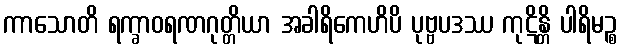
ကာသောတိ ရက္ခာဝရဏဂုတ္တိယာ အခါရိကေဟိပိ ပုဗ္ဗပဒဿ ကုဋိန္တိ ပါရိမဉ္စ